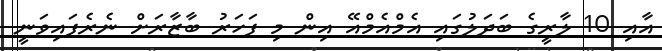
އާއި 10 ލާރީގެ ބަދަލުގައި އެމްއެމްއޭ އިން މި ފަހަރު ބާޒާރަށް ނެރެފައިވަނީ